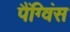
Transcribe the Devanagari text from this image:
पैंग्विंस